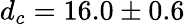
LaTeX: d_{c}=16.0\pm 0.6